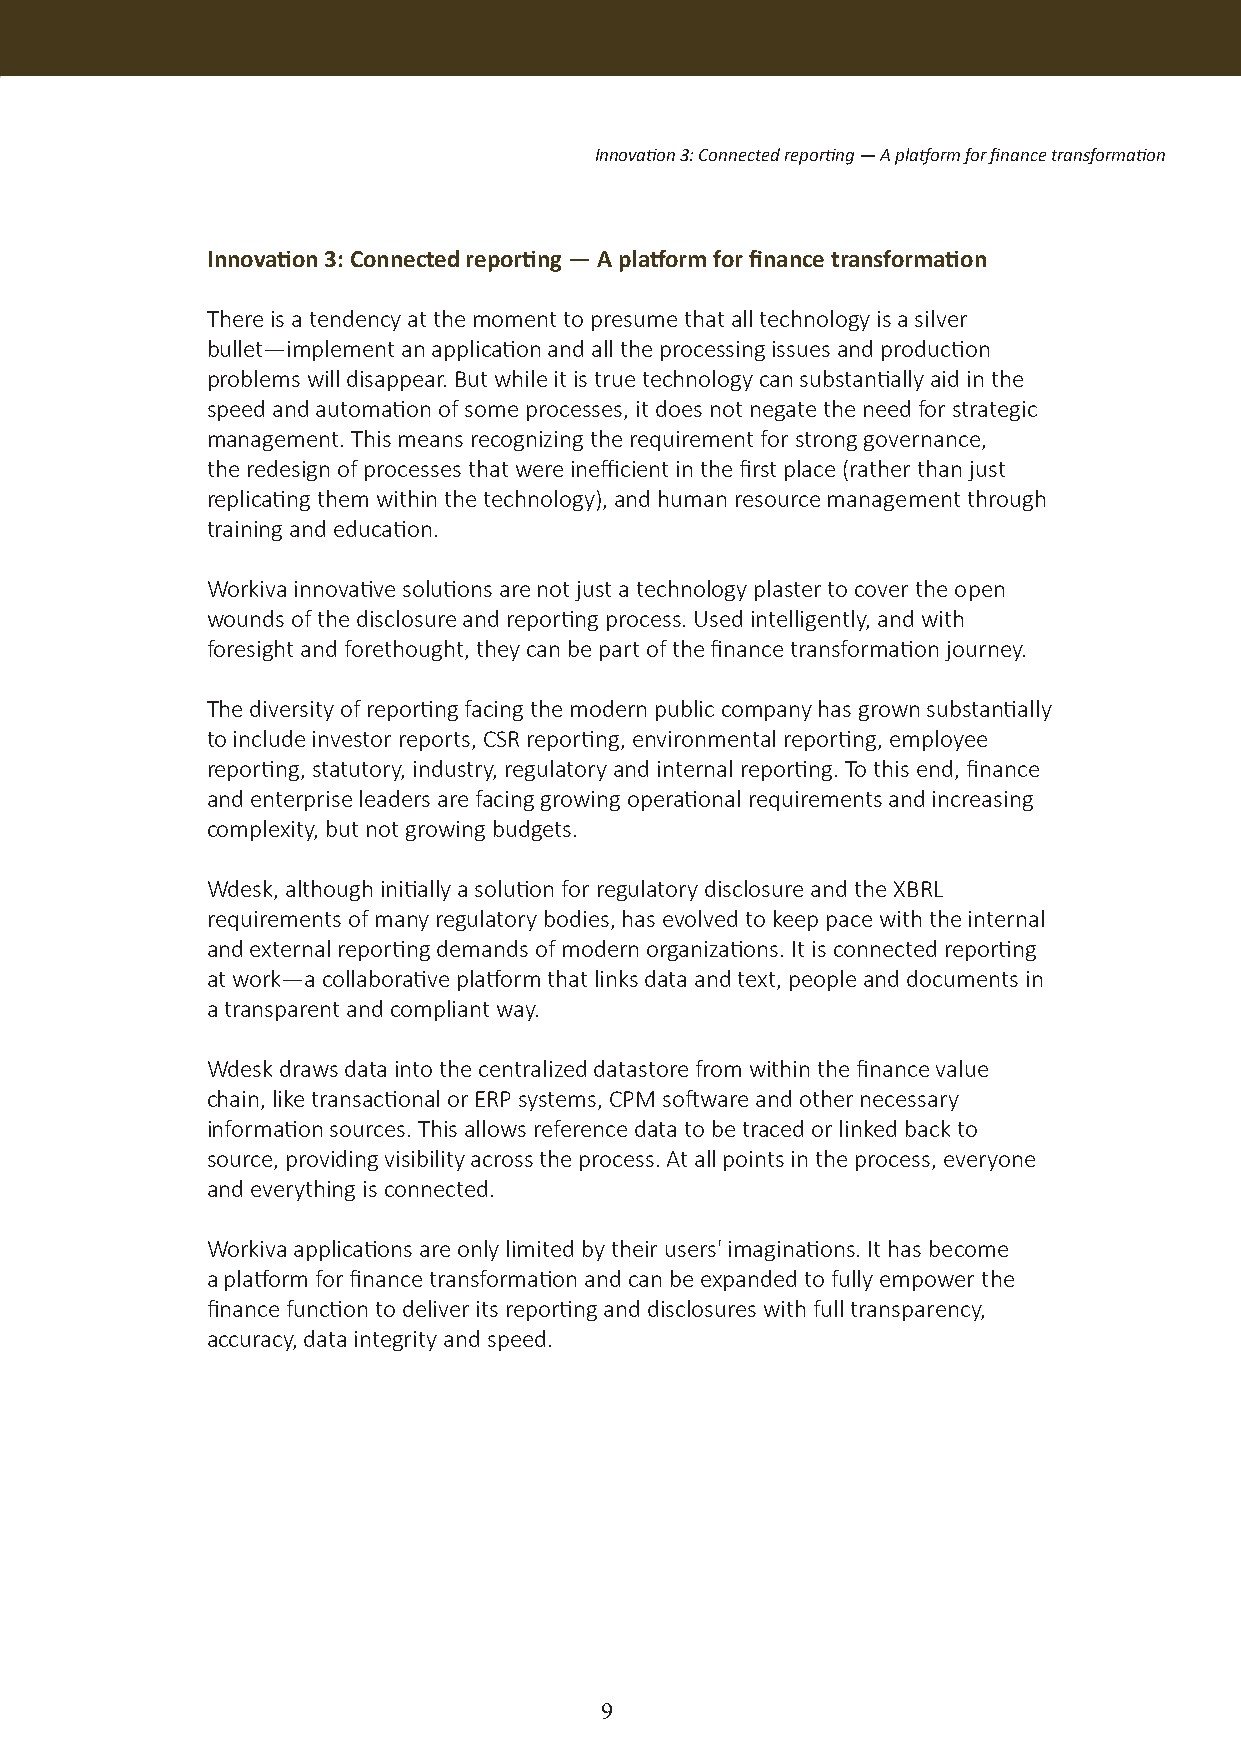
Innovation 3: Connected reporting — A platform for finance transformation
 Innovation 3: Connected reporting — A platform for finance transformation
 There is a tendency at the moment to presume that all technology is a silver
 bullet—implement an application and all the processing issues and production
 problems will disappear. But while it is true technology can substantially aid in the
 speed and automation of some processes, it does not negate the need for strategic
 management. This means recognizing the requirement for strong governance,
 the redesign of processes that were inefficient in the first place (rather than just
 replicating them within the technology), and human resource management through
 training and education.
 Workiva innovative solutions are not just a technology plaster to cover the open
 wounds of the disclosure and reporting process. Used intelligently, and with
 foresight and forethought, they can be part of the finance transformation journey.
 The diversity of reporting facing the modern public company has grown substantially
 to include investor reports, CSR reporting, environmental reporting, employee
 reporting, statutory, industry, regulatory and internal reporting. To this end, finance
 and enterprise leaders are facing growing operational requirements and increasing
 complexity, but not growing budgets.
 Wdesk, although initially a solution for regulatory disclosure and the XBRL
 requirements of many regulatory bodies, has evolved to keep pace with the internal
 and external reporting demands of modern organizations. It is connected reporting
 at work—a collaborative platform that links data and text, people and documents in
 a transparent and compliant way.
 Wdesk draws data into the centralized datastore from within the finance value
 chain, like transactional or ERP systems, CPM software and other necessary
 information sources. This allows reference data to be traced or linked back to
 source, providing visibility across the process. At all points in the process, everyone
 and everything is connected.
 Workiva applications are only limited by their users' imaginations. It has become
 a platform for finance transformation and can be expanded to fully empower the
 finance function to deliver its reporting and disclosures with full transparency,
 accuracy, data integrity and speed.
 9